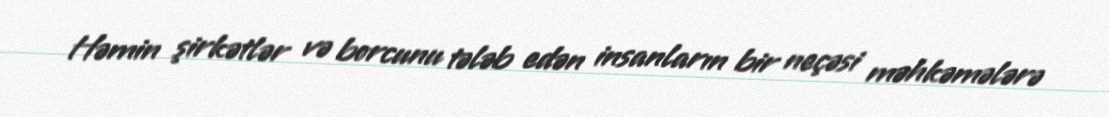
Həmin şirkətlər və borcunu tələb edən insanların bir neçəsi məhkəmələrə